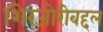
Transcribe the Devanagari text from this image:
शिरजोरीबद्दल